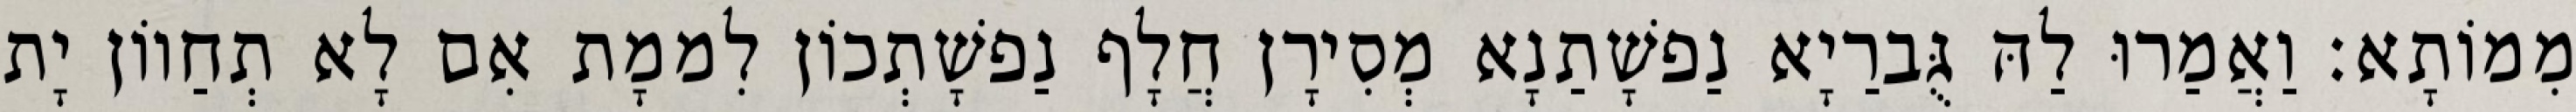
מִמוֹתָא׃ וַאֲמַרוּ לַהּ גֻּברַיָא נַפשָׁתַנָא מְסִירָן חֲלָף נַפשָׁתְכוֹן לִממָת אִם לָא תְחַווֹן יָת